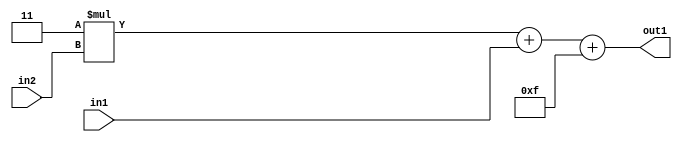
`timescale 1ps / 1ps
/*****************************************************************************
    Verilog RTL Description
    
    
    Created by: Stratus DpOpt 21.05.01 
*******************************************************************************/

module SobelFilter_Add2i15Add2u2Mul2i3u2_1 (
	in2,
	in1,
	out1
	); /* architecture "behavioural" */ 
input [1:0] in2,
	in1;
output [5:0] out1;
wire [5:0] asc001;
wire [4:0] asc003;

wire [4:0] asc003_tmp_0;
assign asc003_tmp_0 = 
	+(5'B00011 * in2);
assign asc003 = asc003_tmp_0
	+(in1);

assign asc001 = 
	+(asc003)
	+(6'B001111);

assign out1 = asc001;
endmodule

/* CADENCE  uLT1Tw8= : u9/ySxbfrwZIxEzHVQQV8Q== ** DO NOT EDIT THIS LINE ******/